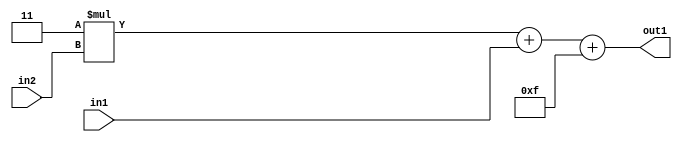
`timescale 1ps / 1ps
/*****************************************************************************
    Verilog RTL Description
    
    
    Created by: Stratus DpOpt 21.05.01 
*******************************************************************************/

module SobelFilter_Add2i15Add2u2Mul2i3u2_1 (
	in2,
	in1,
	out1
	); /* architecture "behavioural" */ 
input [1:0] in2,
	in1;
output [5:0] out1;
wire [5:0] asc001;
wire [4:0] asc003;

wire [4:0] asc003_tmp_0;
assign asc003_tmp_0 = 
	+(5'B00011 * in2);
assign asc003 = asc003_tmp_0
	+(in1);

assign asc001 = 
	+(asc003)
	+(6'B001111);

assign out1 = asc001;
endmodule

/* CADENCE  uLT1Tw8= : u9/ySxbfrwZIxEzHVQQV8Q== ** DO NOT EDIT THIS LINE ******/